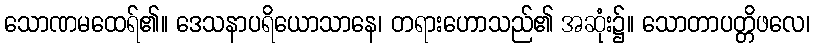
သောဏမထေရ်၏။ ဒေသနာပရိယောသာနေ၊ တရားဟောသည်၏ အဆုံး၌။ သောတာပတ္တိဖလေ၊